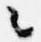
々